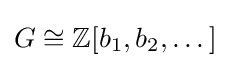
G\cong \mathbb {Z} [b_{1},b_{2},\dots ]